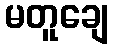
မတူချေ